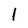
Character: I